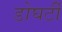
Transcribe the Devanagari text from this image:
डोघर्टी